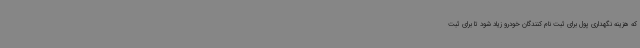
که هزینه نگهداری پول برای ثبت نام کنندگان خودرو زیاد شود تا برای ثبت